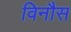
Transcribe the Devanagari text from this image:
विनौस